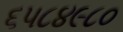
૬૫૮૪૯૮૦